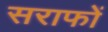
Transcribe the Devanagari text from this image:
सराफों